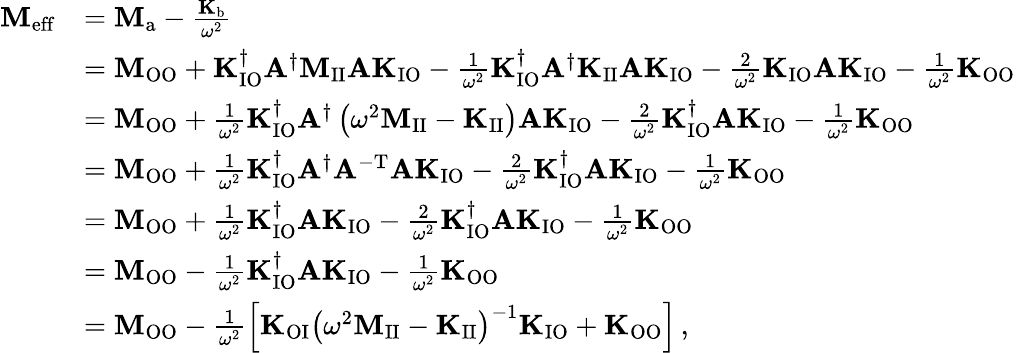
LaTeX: \begin{array}{rl}{\mathbf{M}_{\mathrm{eff}}}&{=\mathbf{M}_{\mathrm{a}}-\frac{\mathbf{K}_{\mathrm{b}}}{\omega^{2}}}\\ &{=\mathbf{M}_{\mathrm{OO}}+\mathbf{K}_{\mathrm{IO}}^{\dagger}\mathbf{A}^{\dagger}\mathbf{M}_{\mathrm{II}}\mathbf{A}\mathbf{K}_{\mathrm{IO}}-\frac{1}{\omega^{2}}\mathbf{K}_{\mathrm{IO}}^{\dagger}\mathbf{A}^{\dagger}\mathbf{K}_{\mathrm{II}}\mathbf{A}\mathbf{K}_{\mathrm{IO}}-\frac{2}{\omega^{2}}\mathbf{K}_{\mathrm{IO}}\mathbf{A}\mathbf{K}_{\mathrm{IO}}-\frac{1}{\omega^{2}}\mathbf{K}_{\mathrm{OO}}\, }\\ &{=\mathbf{M}_{\mathrm{OO}}+\frac{1}{\omega^{2}}\mathbf{K}_{\mathrm{IO}}^{\dagger}\mathbf{A}^{\dagger}\left(\omega^{2}\mathbf{M}_{\mathrm{II}}-\mathbf{K}_{\mathrm{II}}\right)\mathbf{A}\mathbf{K}_{\mathrm{IO}}-\frac{2}{\omega^{2}}\mathbf{K}_{\mathrm{IO}}^{\dagger}\mathbf{A}\mathbf{K}_{\mathrm{IO}}-\frac{1}{\omega^{2}}\mathbf{K}_{\mathrm{OO}}\, }\\ &{=\mathbf{M}_{\mathrm{OO}}+\frac{1}{\omega^{2}}\mathbf{K}_{\mathrm{IO}}^{\dagger}\mathbf{A}^{\dagger}\mathbf{A}^{\mathrm{-T}}\mathbf{A}\mathbf{K}_{\mathrm{IO}}-\frac{2}{\omega^{2}}\mathbf{K}_{\mathrm{IO}}^{\dagger}\mathbf{A}\mathbf{K}_{\mathrm{IO}}-\frac{1}{\omega^{2}}\mathbf{K}_{\mathrm{OO}}}\\ &{=\mathbf{M}_{\mathrm{OO}}+\frac{1}{\omega^{2}}\mathbf{K}_{\mathrm{IO}}^{\dagger}\mathbf{A}\mathbf{K}_{\mathrm{IO}}-\frac{2}{\omega^{2}}\mathbf{K}_{\mathrm{IO}}^{\dagger}\mathbf{A}\mathbf{K}_{\mathrm{IO}}-\frac{1}{\omega^{2}}\mathbf{K}_{\mathrm{OO}}}\\ &{=\mathbf{M}_{\mathrm{OO}}-\frac{1}{\omega^{2}}\mathbf{K}_{\mathrm{IO}}^{\dagger}\mathbf{A}\mathbf{K}_{\mathrm{IO}}-\frac{1}{\omega^{2}}\mathbf{K}_{\mathrm{OO}}}\\ &{=\mathbf{M}_{\mathrm{OO}}-\frac{1}{\omega^{2}}\left[\mathbf{K}_{\mathrm{OI}}\left(\omega^{2}\mathbf{M}_{\mathrm{II}}-\mathbf{K}_{\mathrm{II}}\right)^{-1}\mathbf{K}_{\mathrm{IO}}+\mathbf{K}_{\mathrm{OO}}\right]\, ,}\end{array}